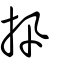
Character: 扟